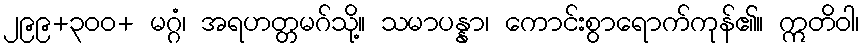
၂၉၉+၃၀၀+ မဂ္ဂံ၊ အရဟတ္တမဂ်သို့။ သမာပန္နာ၊ ကောင်းစွာရောက်ကုန်၏။ ဣတိဝါ၊